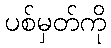
ပစ်မှတ်ကို